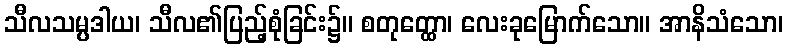
သီလသမ္ပဒါယ၊ သီလ၏ပြည့်စုံခြင်း၌။ စတုတ္ထော၊ လေးခုမြောက်သော။ အာနိသံသော၊